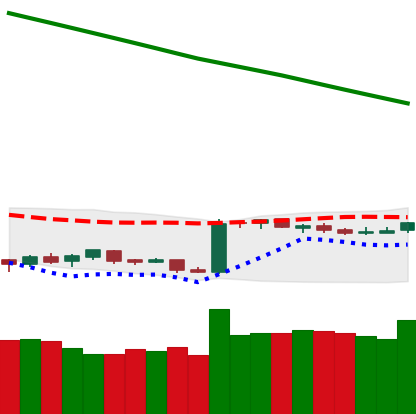
Ticker: BTC-USD
Chart end date: 2019-02-17
Forward return: 9.028%
Label: up_7plus